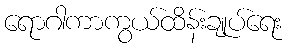
ရောဂါကာကွယ်ထိန်းချုပ်ရေး